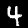
Digit: 4